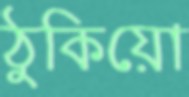
ঠুকিয়ো